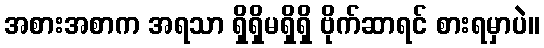
အစားအစာက အရသာ ရှိရှိမရှိရှိ ဗိုက်ဆာရင် စားရမှာပဲ။